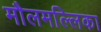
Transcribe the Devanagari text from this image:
मौलमल्लिका